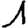
Digit: 1